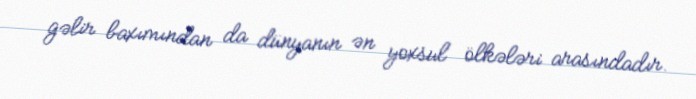
gəlir baxımından da dünyanın ən yoxsul ölkələri arasındadır.